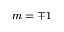
m = \mp 1